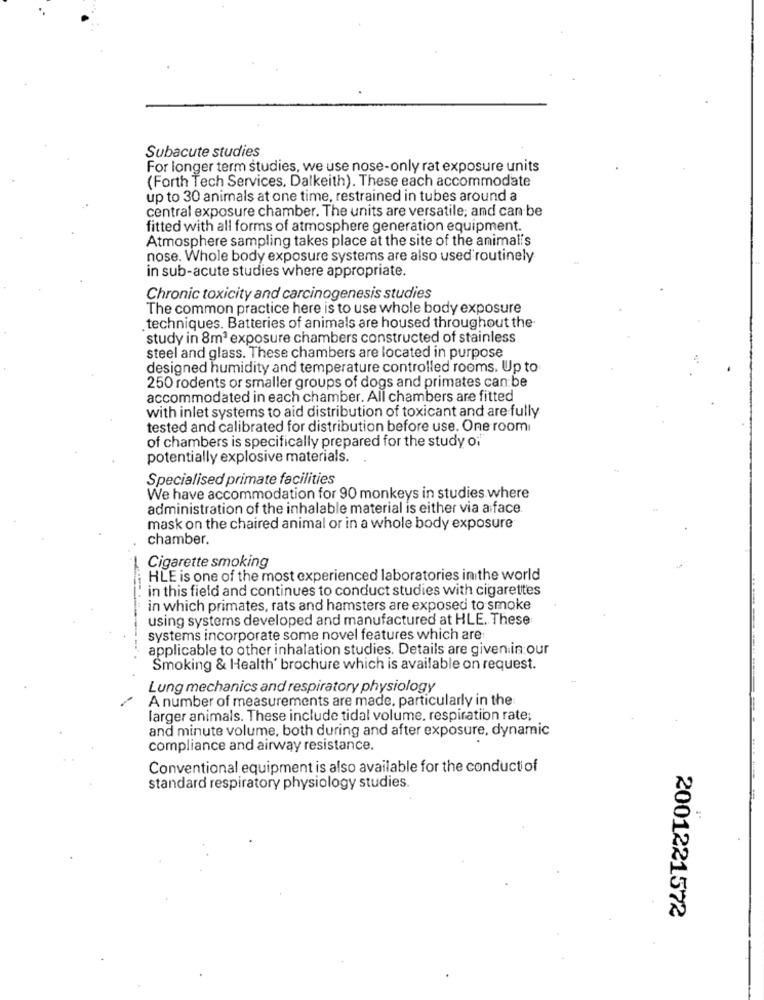
Subacute studies
For longer term studies, we use nose-only rat exposure units
(Forth Tech Services, Dalkeith). These each accommodate
up to 30 animals at one time, restrained in tubes around a
central exposure chamber. The units are versatile; and can be
fitted with all forms of atmosphere generation equipment.
Atmosphere sampling takes place at the site of the animalis
nose. Whole body exposure systems are also used routinely
in sub-acute studies where appropriate.
Chronic toxicity and carcinogenesis studies
The common practice here is to use whole body exposure
techniques. Batteries of animals are housed throughout the-
study in 8m3 exposure chambers constructed of stainless
steel and glass. These chambers are located in purpose
designed humidity and temperature controlled rooms. Up to
250 rodents or smaller groups of dogs and primates can be
accommodated in each chamber. All chambers are fitted
with inlet systems to aid distribution of toxicant and are fully
tested and calibrated for distribution before use. One room
of chambers is specifically prepared for the study of
potentially explosive materials.
Specialised primate facilities
We have accommodation for 90 monkeys in studies where
administration of the inhalable material is either via a face.
mask on the chaired animal or in a whole body exposure
chamber.
Cigarette smoking
HLE is one of the most experienced laboratories inithe world
in this field and continues to conduct studies with cigarettes
in which primates, rats and hamsters are exposed to smoke
using systems developed and manufactured at HLE. These
systems incorporate some novel features which are
applicable to other inhalation studies. Details are given in our
Smoking & Health' brochure which is available on request.
Lung mechanics and respiratory physiology
A number of measurements are made, particularly in the
larger animals. These include tidal volume, respiration rate;
and minute volume, both during and after exposure, dynamic
compliance and airway resistance.
Conventional equipment is also available for the conducti of
standard respiratory physiology studies.
2001221572